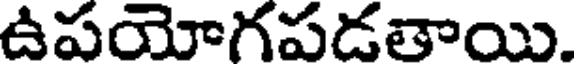
ఉపయోగపడతాయి.